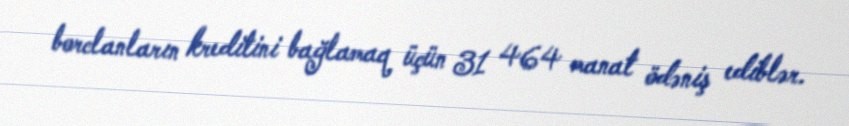
borclanların kreditini bağlamaq üçün 31 464 manat ödəniş ediblər.